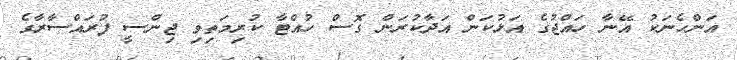
އަންހެނަކު އޭނާ ހައްޖުގެ އަޅުކަން އަދާކުރަން ގޮސް ހުއްޓާ ކުރިމަތިވި ޖިންސީ ފުރައްސާރާގެ